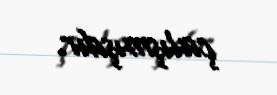
çalışmışdır.